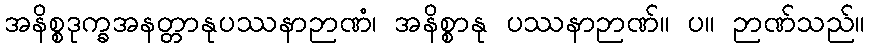
အနိစ္စဒုက္ခအနတ္တာနုပဿနာဉာဏံ၊ အနိစ္စာနု ပဿနာဉာဏ်။ ပ။ ဉာဏ်သည်။